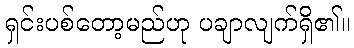
ရှင်းပစ်တော့မည်ဟု ပချာလျက်ရှိ၏။